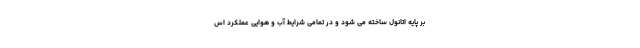
بر پایه اتانول ساخته می شود و در تمامی شرایط آب و هوایی عملکرد اس